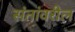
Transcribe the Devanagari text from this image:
संतांवरील